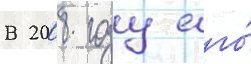
В 2008 году его́